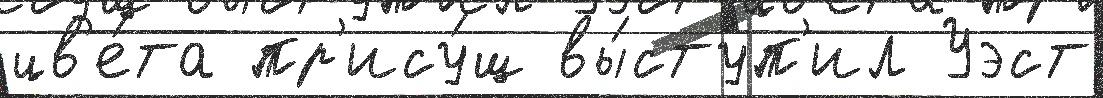
цв'е́та пр'ису́щ вы́ступ'ил Уэст